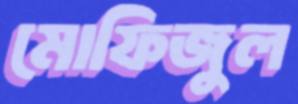
মোফিজুল